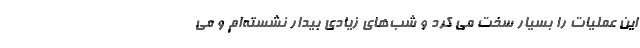
این عملیات را بسیار سخت می کرد و شب‌های زیادی بیدار نشسته‌ام و می